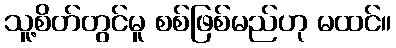
သူ့စိတ်တွင်မူ စစ်ဖြစ်မည်ဟု မထင်။